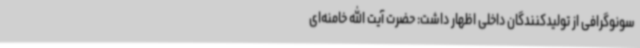
سونوگرافی از تولیدکنندگان داخلی اظهار داشت: حضرت آیت الله خامنه‌ای